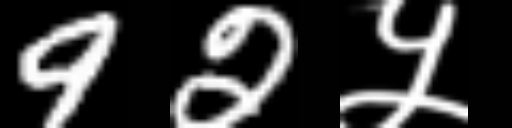
Text: 92५